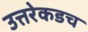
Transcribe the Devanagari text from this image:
उत्तरेकडच